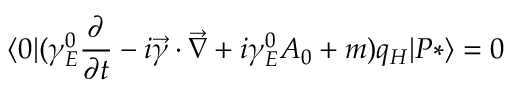
\langle 0 | ( \gamma _ { E } ^ { 0 } { \frac { \partial } { \partial t } } - i \vec { \gamma } \cdot \vec { \nabla } + i \gamma _ { E } ^ { 0 } A _ { 0 } + m ) q _ { H } | P * \rangle = 0